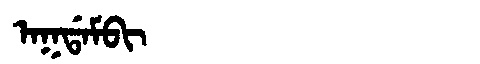
Manchu: ᠠᡴᡩᠠᠮᠪᡳ
Romanization: AKDAMBI